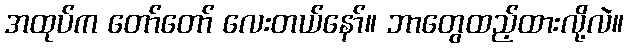
အထုပ်က တော်တော် လေးတယ်နော်။ ဘာတွေထည့်ထားလို့လဲ။